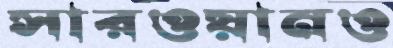
সারওয়ানও